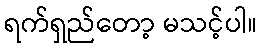
ရက်ရှည်တော့ မသင့်ပါ။